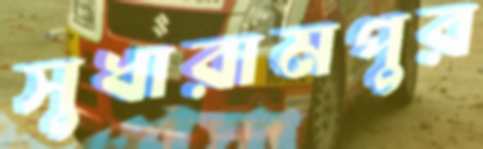
সুধারামপুর